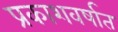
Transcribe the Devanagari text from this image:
प्रकाशवर्षात